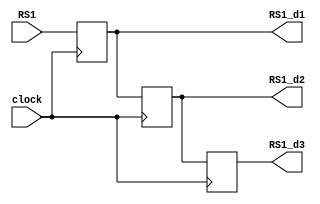
module RS1_delay(RS1,RS1_d1,RS1_d2,RS1_d3,clock);
input [4:0]RS1;
output [4:0]RS1_d1;
output [4:0]RS1_d2;
output [4:0]RS1_d3;
input clock;
reg [4:0]RS1_d1;
reg [4:0]RS1_d2;
reg [4:0]RS1_d3;

always@(posedge clock)
begin
RS1_d1<=RS1;
end

always@(posedge clock)
begin
RS1_d2<=RS1_d1;
end

always@(posedge clock)
begin
RS1_d3<=RS1_d2;
end

endmodule